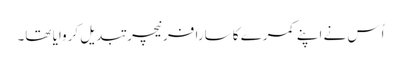
اُس نے اپنے کمرے کا سارا فرنیچر تبدیل کروایا تھا۔